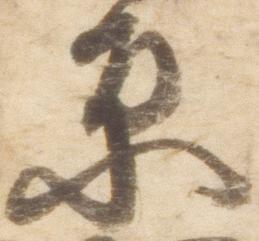
原